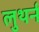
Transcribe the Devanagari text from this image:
लुथर्न